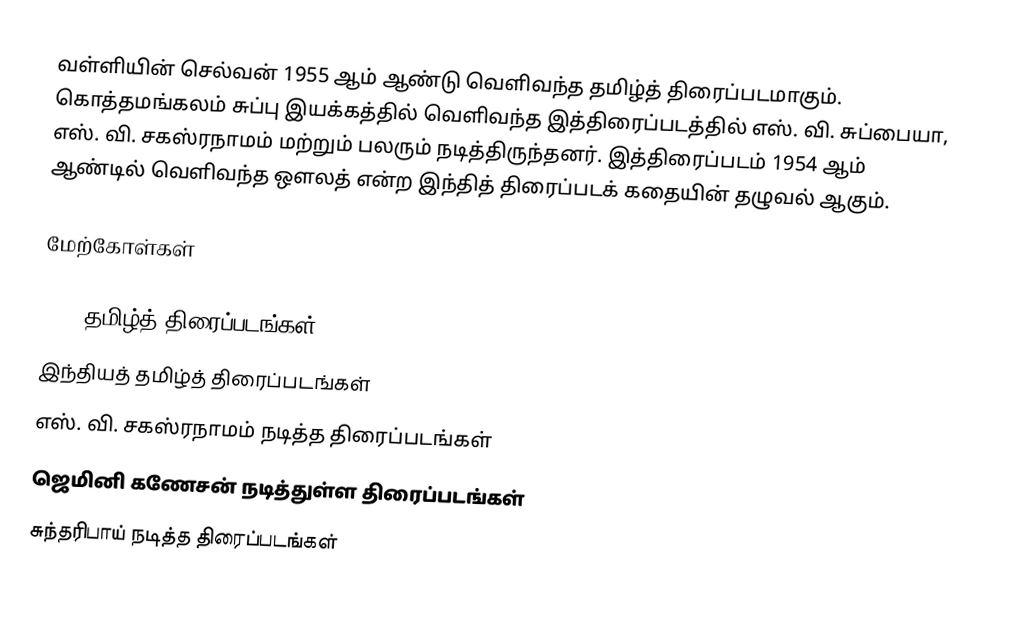
வள்ளியின் செல்வன் 1955 ஆம் ஆண்டு வெளிவந்த தமிழ்த் திரைப்படமாகும். கொத்தமங்கலம் சுப்பு இயக்கத்தில் வெளிவந்த இத்திரைப்படத்தில் எஸ். வி. சுப்பையா, எஸ். வி. சகஸ்ரநாமம் மற்றும் பலரும் நடித்திருந்தனர். இத்திரைப்படம் 1954 ஆம் ஆண்டில் வெளிவந்த ஔலத் என்ற இந்தித் திரைப்படக் கதையின் தழுவல் ஆகும்.

மேற்கோள்கள்

1955 தமிழ்த் திரைப்படங்கள்
இந்தியத் தமிழ்த் திரைப்படங்கள்
எஸ். வி. சகஸ்ரநாமம் நடித்த திரைப்படங்கள்
ஜெமினி கணேசன் நடித்துள்ள திரைப்படங்கள்
சுந்தரிபாய் நடித்த திரைப்படங்கள்